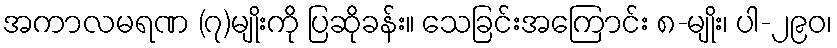
အကာလမရဏ (၇)မျိုးကို ပြဆိုခန်း။ သေခြင်းအကြောင်း ၈-မျိုး၊ ပါ-၂၉၀၊